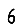
Digit: 6